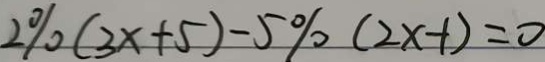
2 \% ( 3 x + 5 ) - 5 \% ( 2 x - 1 ) = 0